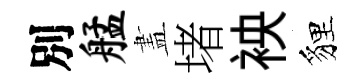
別艋𥁞堵䘧貍